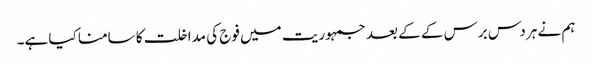
ہم نے ہر دس برس کے کے بعد جمہوریت میں فوج کی مداخلت کا سامنا کیا ہے۔